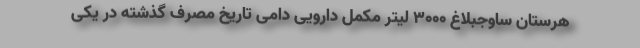
هرستان ساوجبلاغ 3000 لیتر مکمل دارویی دامی تاریخ مصرف گذشته در یکی